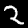
Digit: 2